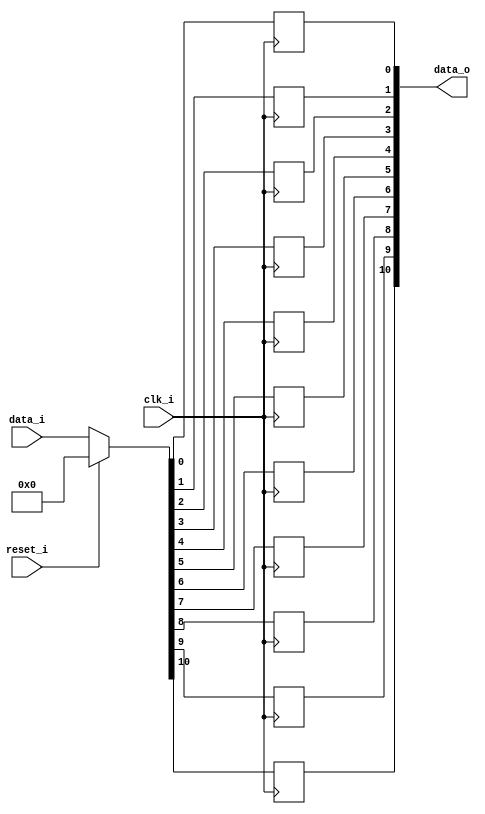
module bsg_dff_reset_width_p11
(
  clk_i,
  reset_i,
  data_i,
  data_o
);

  input [10:0] data_i;
  output [10:0] data_o;
  input clk_i;
  input reset_i;
  wire [10:0] data_o;
  wire N0,N1,N2,N3,N4,N5,N6,N7,N8,N9,N10,N11,N12,N13;
  reg data_o_10_sv2v_reg,data_o_9_sv2v_reg,data_o_8_sv2v_reg,data_o_7_sv2v_reg,
  data_o_6_sv2v_reg,data_o_5_sv2v_reg,data_o_4_sv2v_reg,data_o_3_sv2v_reg,
  data_o_2_sv2v_reg,data_o_1_sv2v_reg,data_o_0_sv2v_reg;
  assign data_o[10] = data_o_10_sv2v_reg;
  assign data_o[9] = data_o_9_sv2v_reg;
  assign data_o[8] = data_o_8_sv2v_reg;
  assign data_o[7] = data_o_7_sv2v_reg;
  assign data_o[6] = data_o_6_sv2v_reg;
  assign data_o[5] = data_o_5_sv2v_reg;
  assign data_o[4] = data_o_4_sv2v_reg;
  assign data_o[3] = data_o_3_sv2v_reg;
  assign data_o[2] = data_o_2_sv2v_reg;
  assign data_o[1] = data_o_1_sv2v_reg;
  assign data_o[0] = data_o_0_sv2v_reg;

  always @(posedge clk_i) begin
    if(1'b1) begin
      data_o_10_sv2v_reg <= N13;
    end 
  end


  always @(posedge clk_i) begin
    if(1'b1) begin
      data_o_9_sv2v_reg <= N12;
    end 
  end


  always @(posedge clk_i) begin
    if(1'b1) begin
      data_o_8_sv2v_reg <= N11;
    end 
  end


  always @(posedge clk_i) begin
    if(1'b1) begin
      data_o_7_sv2v_reg <= N10;
    end 
  end


  always @(posedge clk_i) begin
    if(1'b1) begin
      data_o_6_sv2v_reg <= N9;
    end 
  end


  always @(posedge clk_i) begin
    if(1'b1) begin
      data_o_5_sv2v_reg <= N8;
    end 
  end


  always @(posedge clk_i) begin
    if(1'b1) begin
      data_o_4_sv2v_reg <= N7;
    end 
  end


  always @(posedge clk_i) begin
    if(1'b1) begin
      data_o_3_sv2v_reg <= N6;
    end 
  end


  always @(posedge clk_i) begin
    if(1'b1) begin
      data_o_2_sv2v_reg <= N5;
    end 
  end


  always @(posedge clk_i) begin
    if(1'b1) begin
      data_o_1_sv2v_reg <= N4;
    end 
  end


  always @(posedge clk_i) begin
    if(1'b1) begin
      data_o_0_sv2v_reg <= N3;
    end 
  end

  assign { N13, N12, N11, N10, N9, N8, N7, N6, N5, N4, N3 } = (N0)? { 1'b0, 1'b0, 1'b0, 1'b0, 1'b0, 1'b0, 1'b0, 1'b0, 1'b0, 1'b0, 1'b0 } : 
                                                              (N1)? data_i : 1'b0;
  assign N0 = reset_i;
  assign N1 = N2;
  assign N2 = ~reset_i;

endmodule